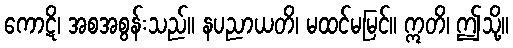
ကောဋိ၊ အစအစွန်းသည်။ နပညာယတိ၊ မထင်မမြင်။ ဣတိ၊ ဤသို့။